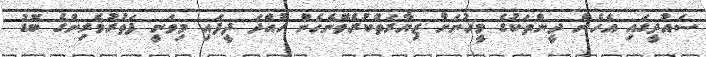
ސައުދީގައި އެހެން ދީންތަކުގެ މީހުނަށް ޒިޔާރަތްކުރެވޭނެހެން ހުއްދަ ދީފައި މިވަނީ ފަތުރުވެރިންގެ ބޮޑު